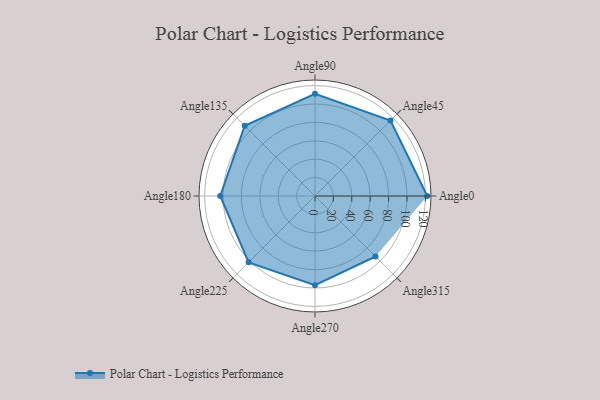
{"axis": {"x": "Angle", "y": "Radius"}, "legend": [""], "data": [{"x": "Angle0", "y": 122.0, "type": ""}, {"x": "Angle45", "y": 116.0, "type": ""}, {"x": "Angle90", "y": 111.0, "type": ""}, {"x": "Angle135", "y": 108.0, "type": ""}, {"x": "Angle180", "y": 103.0, "type": ""}, {"x": "Angle225", "y": 102.0, "type": ""}, {"x": "Angle270", "y": 97.0, "type": ""}, {"x": "Angle315", "y": 93.0, "type": ""}]}